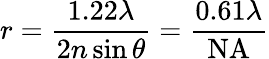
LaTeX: r={\frac{1.22\lambda}{2n\sin{\theta}}}={\frac{0.61\lambda}{\mathrm{NA}}}